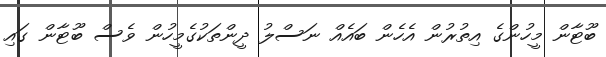
ބޫޓާން މީހުންގެ އިތުރުން އެހެން ބައެއް ނަސްލު ދީންތަކުގެމީހުން ވެސް ބޫޓާން ގައި